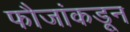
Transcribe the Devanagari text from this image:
फौजांकडून